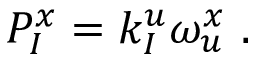
{ P } _ { I } ^ { x } = k _ { I } ^ { u } \omega _ { u } ^ { x } \ .